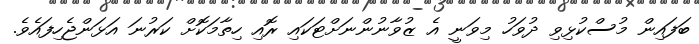
ބަފައިން މުސްކުޅިވި ދުވަހު މިވަނީ އެ ޒުވާނުންނަށްޓަކައި ރޮއި ހިތާމަކޮށް ކަރުނަ އަޅަންޖެހިފައެވެ.